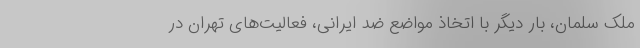
ملک سلمان، بار دیگر با اتخاذ مواضع ضد ایرانی، فعالیت‌های تهران در